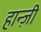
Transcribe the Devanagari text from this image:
हान्ज़ी